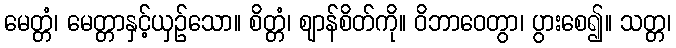
မေတ္တံ၊ မေတ္တာနှင့်ယှဉ်သော။ စိတ္တံ၊ ဈာန်စိတ်ကို။ ဝိဘာဝေတွာ၊ ပွားစေ၍။ သတ္တ၊